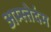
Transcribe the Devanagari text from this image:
अम्स्तेदंम